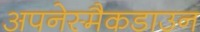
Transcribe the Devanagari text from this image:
अपनेस्मैकडाउन